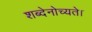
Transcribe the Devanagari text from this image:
शब्देनोच्यते।